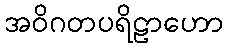
အဝိဂတပရိဠာဟော